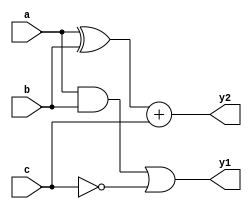
module combinational_logic (
    input wire [3:0] a,    // 4-bit input signal a
    input wire [3:0] b,    // 4-bit input signal b
    input wire [3:0] c,    // 4-bit input signal c
    output reg [3:0] y1,    // 4-bit output signal y1
    output reg [3:0] y2     // 4-bit output signal y2
);

always @(*) begin
    // Combinational logic for output y1
    y1 = (a & b) | (~c);

    // Combinational logic for output y2
    y2 = (a ^ b) + c;
end

endmodule